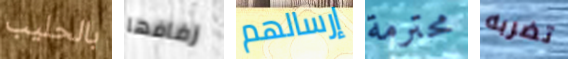
بالحليب زفافها إرسالهم محترمة تضربه